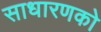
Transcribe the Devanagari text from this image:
साधारणको